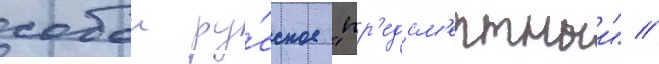
собои ру́сское "пр'едсм'ертныи" //